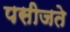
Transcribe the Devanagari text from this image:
पसीजते